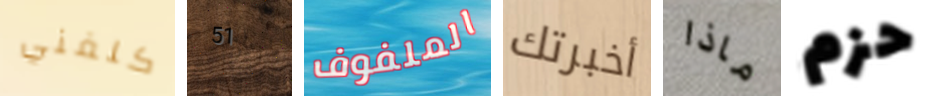
كلفني 51 الملفوف أخبرتك ماذا حزم